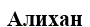
Алихан